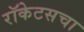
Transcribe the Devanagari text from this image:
रॉकेटसचा